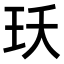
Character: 𭸺